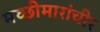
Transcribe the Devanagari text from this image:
मच्छीमारांचीर